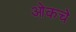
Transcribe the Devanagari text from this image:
ओकचे